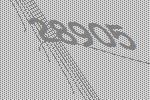
28905